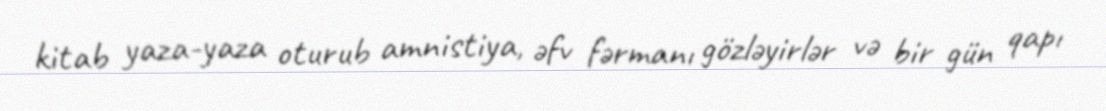
kitab yaza-yaza oturub amnistiya, əfv fərmanı gözləyirlər və bir gün qapı